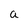
Character: a